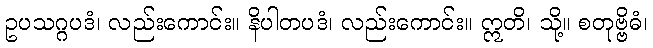
ဥပသဂ္ဂပဒံ၊ လည်းကောင်း။ နိပါတပဒံ၊ လည်းကောင်း။ ဣတိ၊ သို့။ စတုဗ္ဗိဓံ၊